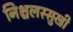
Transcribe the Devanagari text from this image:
निश्चलस्सुखी